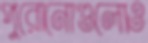
পুরোনোগুলোও